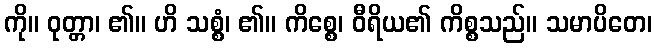
ကို။ ဝုတ္တာ၊ ၏။ ဟိ သစ္စံ၊ ၏။ ကိစ္စေ၊ ဝီရိယ၏ ကိစ္စသည်။ သမာပိတေ၊